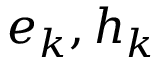
e _ { k } , h _ { k }